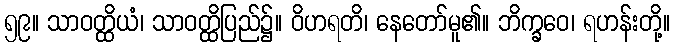
၅၉။ သာဝတ္ထိယံ၊ သာဝတ္ထိပြည်၌။ ဝိဟရတိ၊ နေတော်မူ၏။ ဘိက္ခဝေ၊ ရဟန်းတို့။